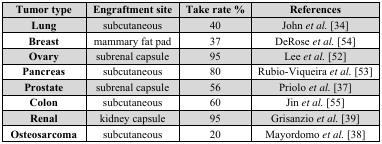
| Tumor type | Engraftment site | Take rate % | References |
 | --- | --- | --- | --- |
 | Lung | subcutaneous | 40 | Johnet al. [34] |
 | Breast | mammary fat pad | 37 | DeRoseet al. [54] |
 | Ovary | subrenal capsule | 95 | Leeet al. [52] |
 | Pancreas | subcutaneous | 80 | Rubio-Viqueiraet al. [53] |
 | Prostate | subrenal capsule | 56 | Prioloet al. [37] |
 | Colon | subcutaneous | 60 | Jinet al. [55] |
 | Renal | kidney capsule | 95 | Grisanzioet al. [39] |
 | Osteosarcoma | subcutaneous | 20 | Mayordomoet al. [38] |